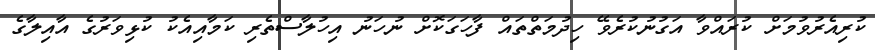
ކުރިއެރުވުމަށް ކުރައްވާ އަގުނުކުރެވޭ ހިދުމަތްތައް ފާހަގަކޮށް ނުހަނު އިހުލާސްތެރި ކަމާއިއެކު ކުޅިވަރުގެ އާއިލާގެ